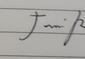
Signature authenticity: genuine